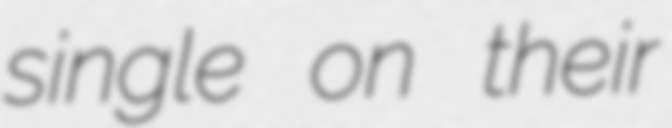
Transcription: single on their